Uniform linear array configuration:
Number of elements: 64
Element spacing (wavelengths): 1
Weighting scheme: kaiser
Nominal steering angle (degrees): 15
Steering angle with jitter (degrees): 15.239
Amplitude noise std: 0.05
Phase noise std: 0.05

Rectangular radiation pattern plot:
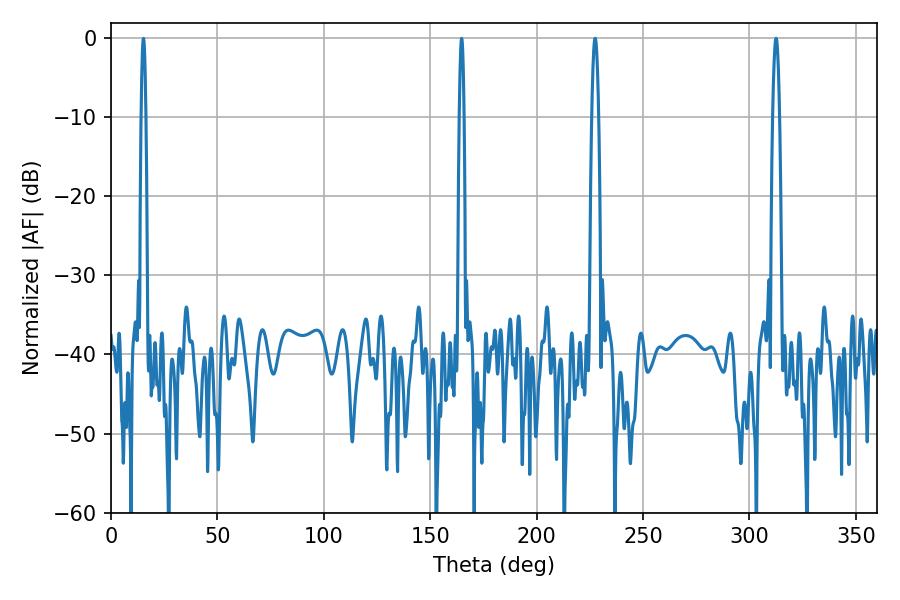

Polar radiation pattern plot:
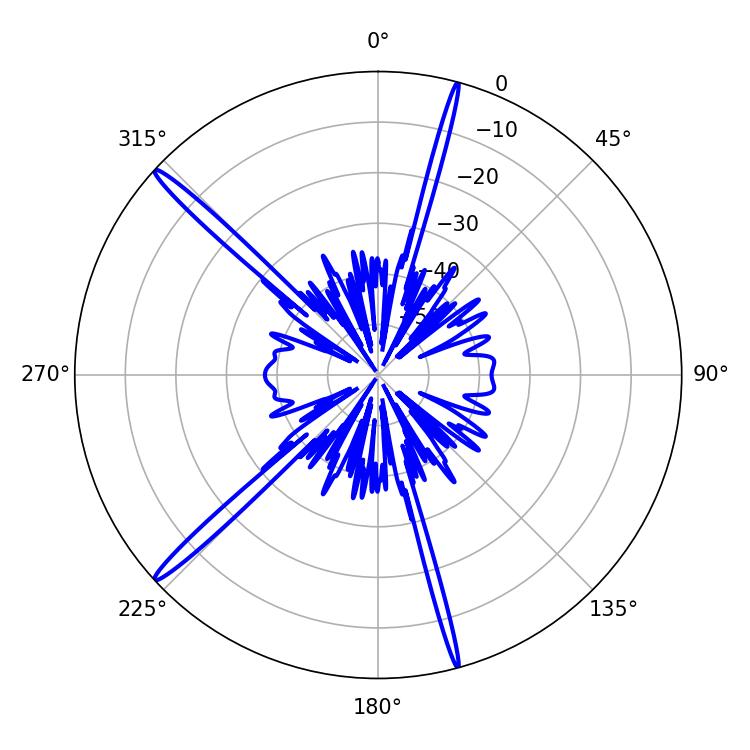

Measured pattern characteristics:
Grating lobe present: TRUE
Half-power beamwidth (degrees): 1.8
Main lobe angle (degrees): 227.52